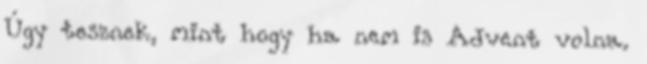
Úgy tesznek, mint hogy ha nem is Advent volna.